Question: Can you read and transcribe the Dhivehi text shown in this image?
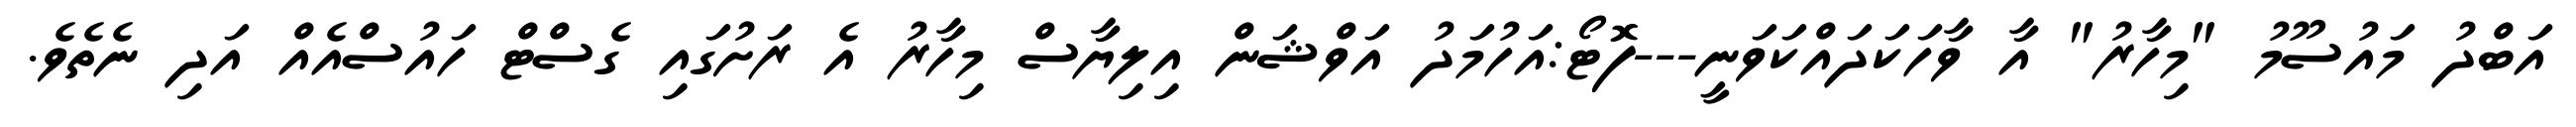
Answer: އަބްދު މައުސޫމު "މިހާރު" އާ ވާހަކަދައްކަވަނީ---ފޮޓޯ:އަހުމަދު އަވްޝަން އިލިޔާސް މިހާރު އެ ރަށުގައި ގެސްޓް ހައުސްއެއް އަދި ނެތެވެ.